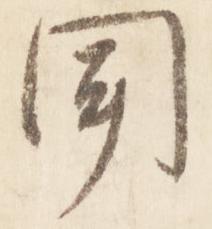
聞